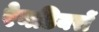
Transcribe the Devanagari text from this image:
रेनडियरों